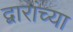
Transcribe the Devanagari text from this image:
द्वारांच्या